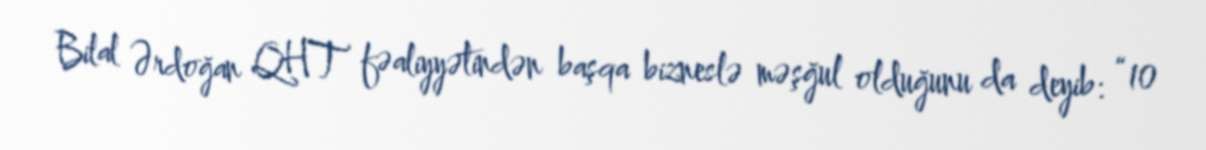
Bilal Ərdoğan QHT fəaliyyətindən başqa bizneslə məşğul olduğunu da deyib: “10